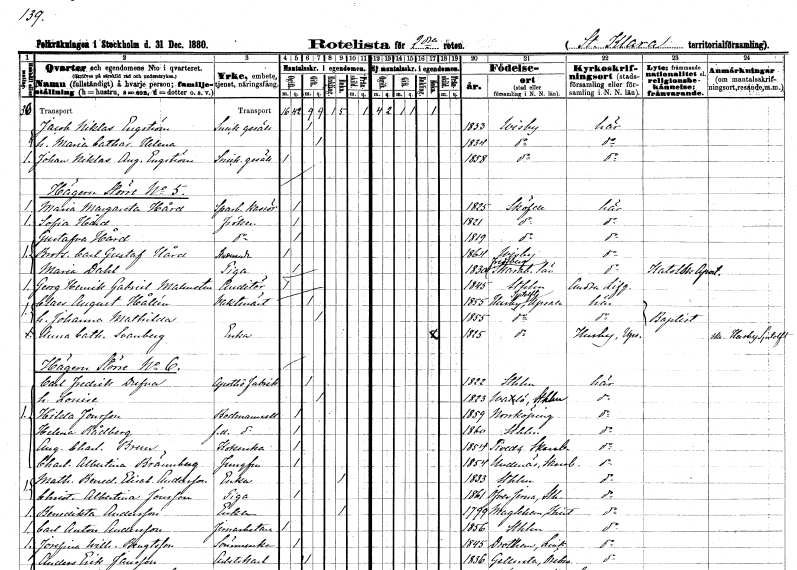
gt_parse: households: individuals: FN: Jacob Niklas
EN: Engström
YRKE: Snickaregesäll
KON: M
CIV: G
FODAR: 1833
FODFORS: Visby Gotlands län
FN: Maria Catharina Helena
KON: K
CIV: G
FODAR: 1834
FODFORS: Visby Gotlands län
FN: Johan Niklas August
EN: Engström
YRKE: Snickaregesäll
KON: M
CIV: O
FODAR: 1858
FODFORS: Visby Gotlands län
FN: Maria Margareta
EN: Hård
YRKE: Sparbankskassör
KON: K
CIV: O
FODAR: 1825
FODFORS: Skövde Skaraborgs län
FN: Sofia
EN: Hård
KON: K
CIV: O
FODAR: 1821
FODFORS: Skövde Skaraborgs län
FN: Gustafva
EN: Hård
KON: K
CIV: O
FODAR: 1819
FODFORS: Skövde Skaraborgs län
FN: Carl Gustaf
EN: Hård
YRKE: Studerande
KON: M
CIV: O
FODAR: 1864
FODFORS: Visby Gotlands län
FN: Maria
EN: Dahl
YRKE: Piga
KON: K
CIV: O
FODAR: 1830
FODFORS: Fredsberg Skaraborgs län
FN: Georg Henrik Gabriel
EN: Malmsten
YRKE: Auditör
KON: M
CIV: O
FODAR: 1845
FODFORS: Stockholm
FN: Claes August
EN: Hållén
YRKE: Vaktmästare
KON: M
CIV: G
FODAR: 1855
FODFORS: Husby-Sjutolft Uppsala län
FN: Johanna Mathilda
KON: K
CIV: G
FODAR: 1855
FODFORS: Husby-Sjutolft Uppsala län
FN: Anna Catharina
EN: Svanberg
YRKE: Änka
KON: K
CIV: E
FODAR: 1825
FODFORS: Husby-Sjutolft Uppsala län
FN: Carl Fredrik
EN: Dufva
YRKE: Apotekare Fabrikör
KON: M
CIV: G
FODAR: 1822
FODFORS: Stockholm
FN: Louise
KON: K
CIV: G
FODAR: 1823
FODFORS: Valö Uppsala län
FN: Hilda
EN: Jonsson
YRKE: Bodmamsell
KON: K
CIV: O
FODAR: 1859
FODFORS: Norrköping Östergötlands län
FN: Helena
EN: Rådberg
YRKE: Bodmamsell f.d.
KON: K
CIV: O
FODAR: 1860
FODFORS: Stockholm
FN: Augusta Charlotta
EN: Brun
YRKE: Kokerska
KON: K
CIV: O
FODAR: 1854
FODFORS: Tived Örebro län
FN: Charlotta Albertina
EN: Brännberg
YRKE: Jungfru
KON: K
CIV: O
FODAR: 1854
FODFORS: Undenäs Skaraborgs län
FN: Mathilda Benedikta Elisabeth
EN: Andersson
YRKE: Änka
KON: K
CIV: E
FODAR: 1833
FODFORS: Stockholm
FN: Christina Albertina
EN: Jonsson
YRKE: Piga
KON: K
CIV: O
FODAR: 1861
FODFORS: Överjärna Stockholms län